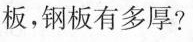
板，钢板有多厚?